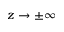
z \rightarrow \pm \infty